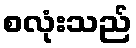
စလုံးသည်